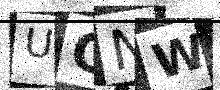
Text: UGNW